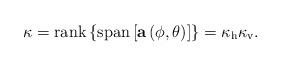
LaTeX: \begin{align*}\kappa = \mathrm{rank}\left\lbrace \mathrm{span} \left[ \mathbf{a}\left(\phi,\theta\right) \right]\right\rbrace = \kappa_\mathrm{h}\kappa_\mathrm{v} .\end{align*}